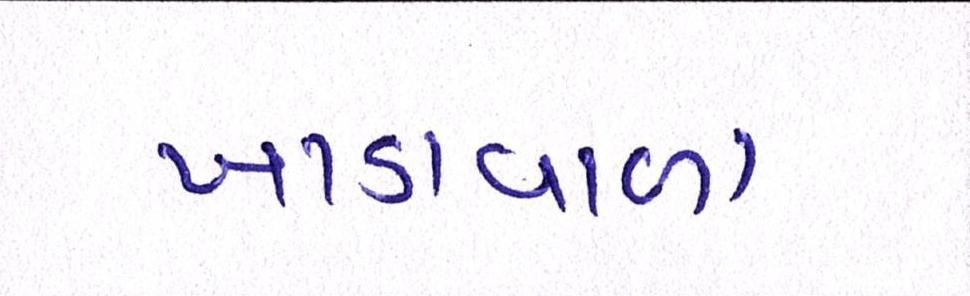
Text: ખાડાવાળા